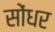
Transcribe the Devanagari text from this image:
सोंधर